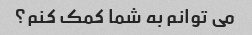
می توانم به شما کمک کنم؟